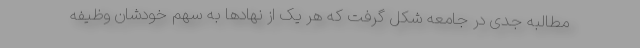
مطالبه جدی در جامعه شکل گرفت که هر یک از نهادها به سهم خودشان وظیفه